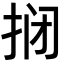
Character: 𫼫